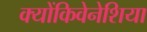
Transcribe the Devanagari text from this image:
क्योंकिवेनेशिया